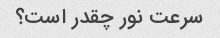
سرعت نور چقدر است؟